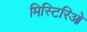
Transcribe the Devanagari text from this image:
मिस्टिरिओ